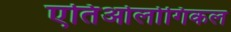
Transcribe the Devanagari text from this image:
एतिओलोगिकल